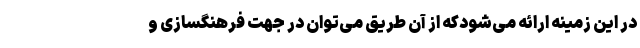
در این زمینه ارائه می‌شودکه از آن طریق می‌توان در جهت فرهنگسازی و